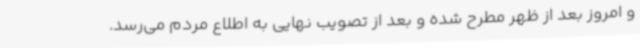
و امروز بعد از ظهر مطرح شده و بعد از تصویب نهایی به اطلاع مردم می‌رسد.